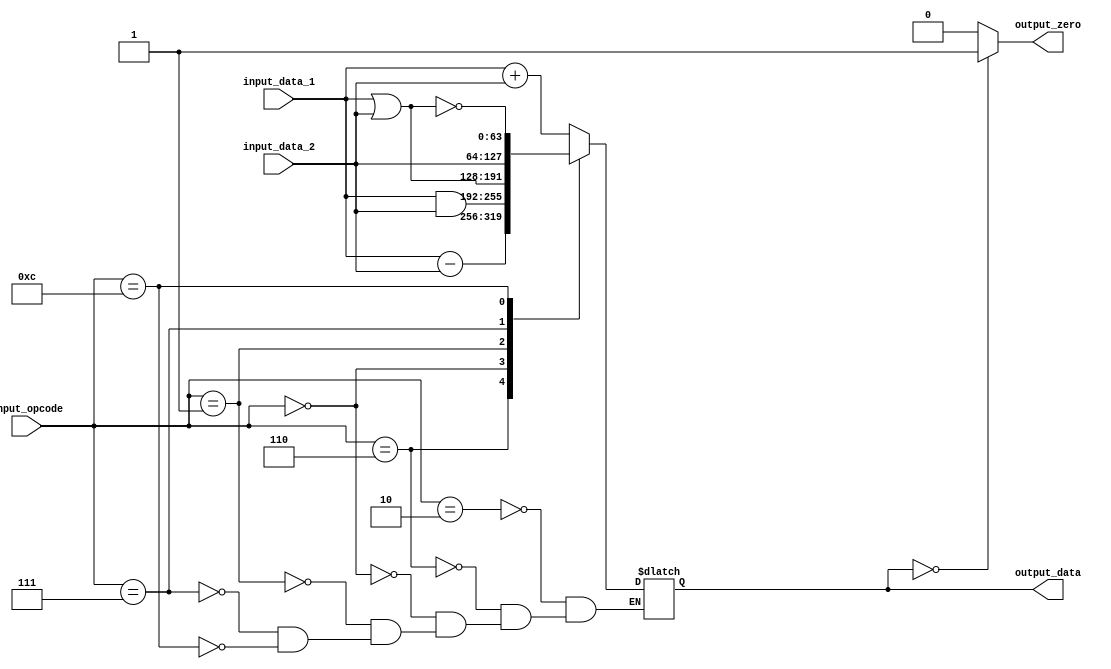
module ALU #(parameter n = 64) (input_data_1, input_data_2, input_opcode, output_data, output_zero);

	input [n - 1 : 0] input_data_1;
	input [n - 1 : 0] input_data_2;
	input [3:0] input_opcode;

	output reg[n - 1 : 0] output_data;
	output output_zero;

	assign output_zero = output_data == 0 ? 1 : 0;

	always @ (input_data_1, input_data_2, input_opcode) begin
		case(input_opcode)
			4'b0010: output_data = input_data_1 + input_data_2;
			4'b0110: output_data = input_data_1 - input_data_2;
			4'b0000: output_data = input_data_1 & input_data_2;
			4'b0001: output_data = input_data_1 | input_data_2;
			4'b0111: output_data = input_data_2;
			4'b1100: output_data = ~(input_data_1 | input_data_2);
		endcase
	end

endmodule